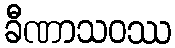
ခီဏာသဝဿ